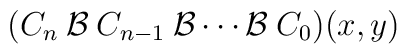
(C_n \:{\cal{B}} \:C_{n-1}\: {\cal{B}} \cdots {\cal{B}} \:C_0)(x,y)